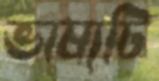
ভাষ্যটি